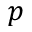
p